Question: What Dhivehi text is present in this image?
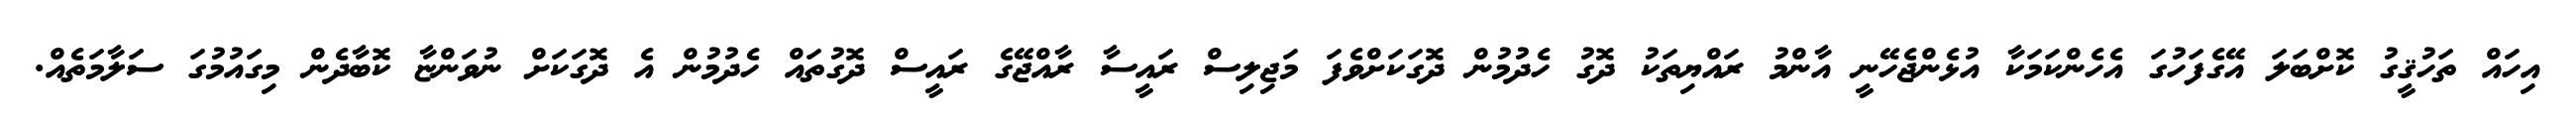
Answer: އިހައް ތަހުޤީގު ކޮށްބަލަ އޭގެފަހުގަ އެހެންކަމަކާ އުޅެންޖެހޭނީ އާންމު ރައްޔިތަކު ދޮގު ހެދުމުން ދޮގަކަށްވެފަ މަޖިލިސް ރައީސާ ރާއްޖޭގެ ރައީސް ދޮގުތައް ހެދުމުން އެ ދޮގަކަށް ނުވަންޏާ ކޮބާދެން މިގައުމުގަ ސަލާމަތެއް.